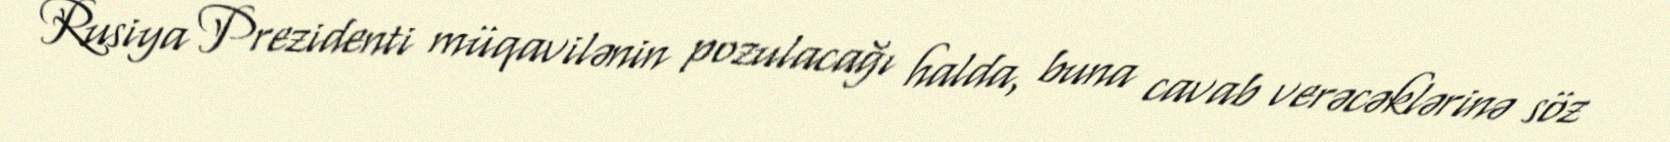
Rusiya Prezidenti müqavilənin pozulacağı halda, buna cavab verəcəklərinə söz